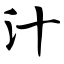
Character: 汁